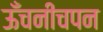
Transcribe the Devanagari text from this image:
ऊँचनीचपन